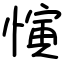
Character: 𪬦